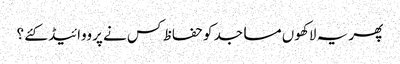
پھر یہ لاکھوں مساجد کو حفاظ کس نے پرووائیڈ کئے ؟